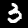
Digit: 3